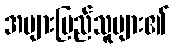
အများပြည်သူများ၏